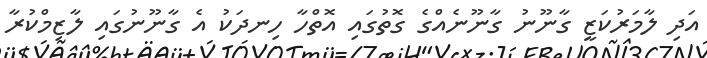
އަދި ލާމަރުކަޒީ ގާނޫނު ގާނޫނެއްގެ ގޮތުގައި އޮތްހާ ހިނދަކު އެ ގާނޫނުގައި ލާޒިމްކުރާ